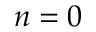
n = 0